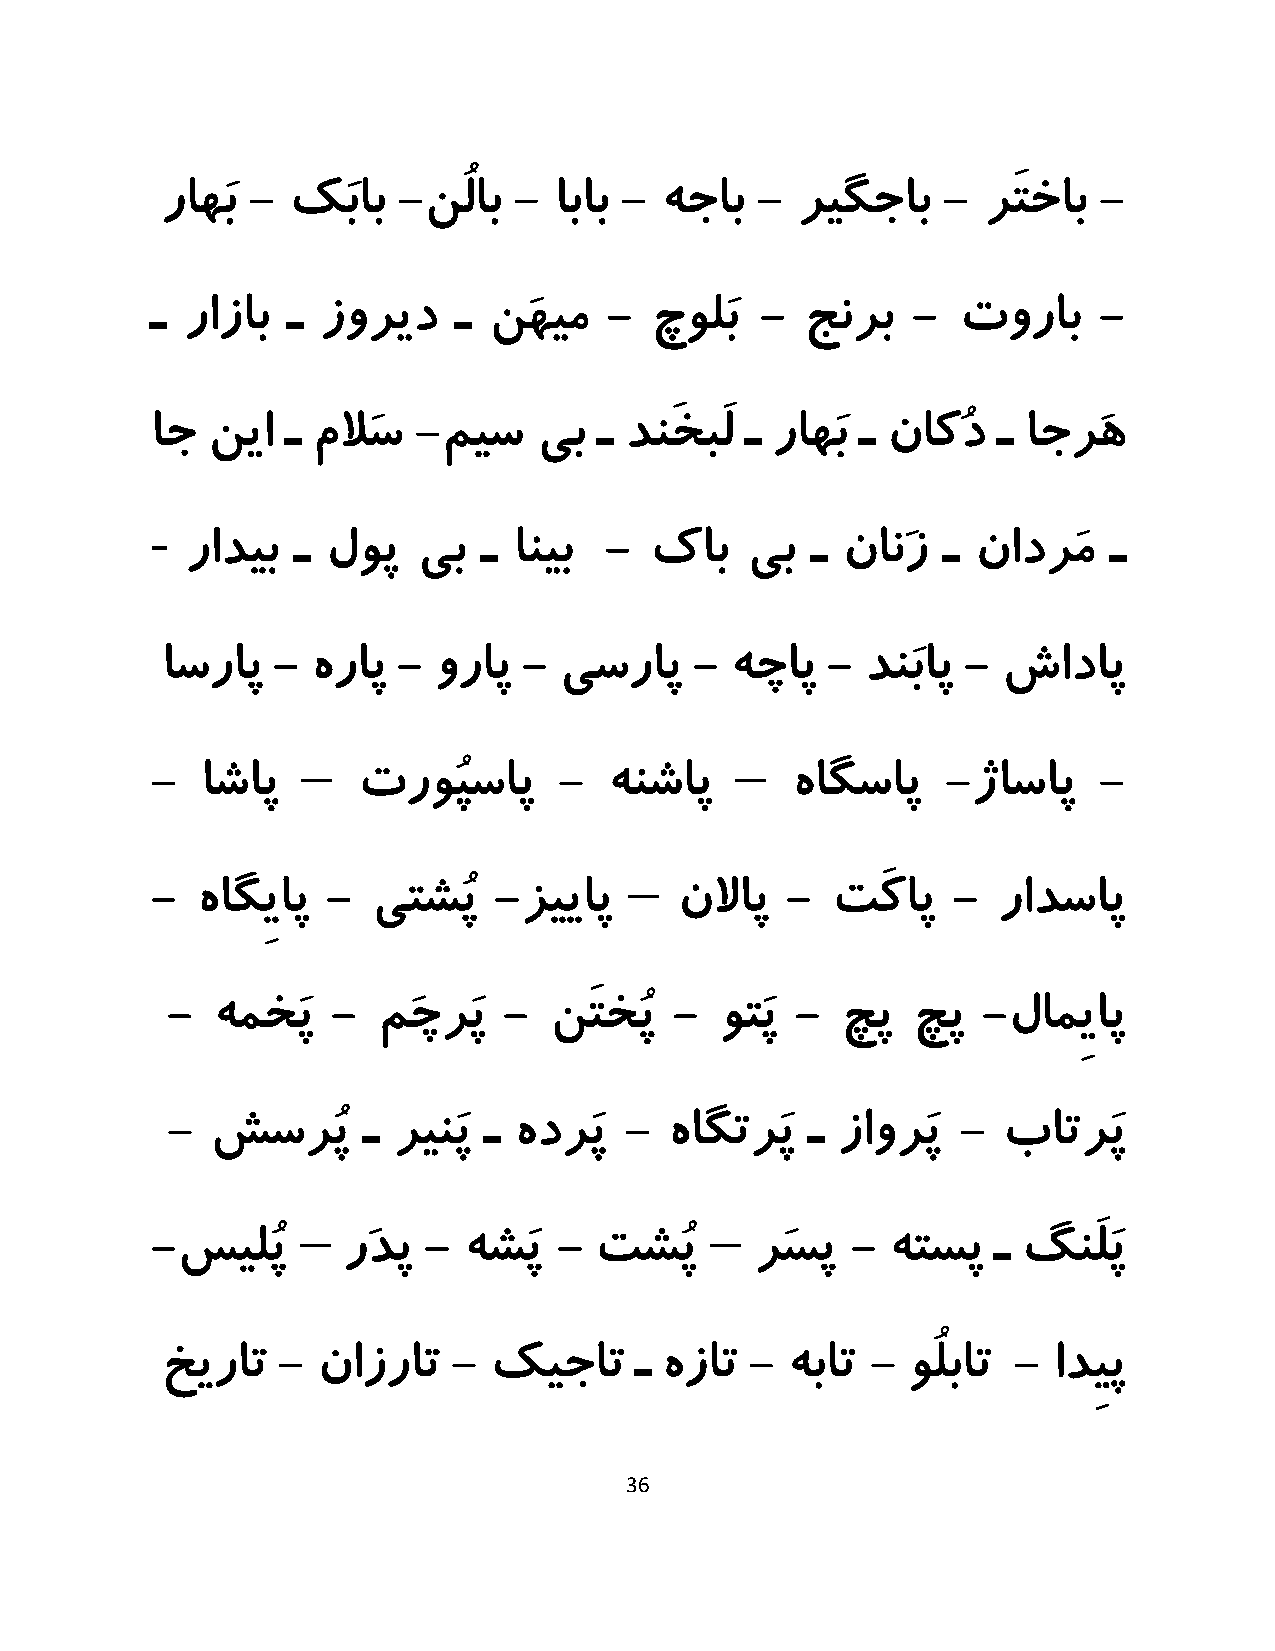
راهَب - کَباب  -نُلاب  -  اباب - هجاب  -  ریگجاب   -  رَتخاب  -
 ـ رازاب  ـ زورید    ـ نَهیم   -  چولَب  -  جنرب   -   توراب    -
 اج  نیا  ـ ملاَس -میس     یب  ـ دنَخبَل ـ راهَب ـ ناکُد ـ اجرَه
 -
 رادیب  ـ  لوپ   یب  ـ انیب  -  کاب   یب   ـ نانَز ـ  نادرَم  ـ
 اسراپ  -  هراپ -  وراپ  - یسراپ    - هچاپ   - دنَباپ - شاداپ
 –                            –
 -  اشاپ       تروُپساپ     -  هنشاپ       هاگساپ     -ژاساپ    -
 –
 -  هاگِیاپ  -  یتشُپ   -زییاپ      نلااپ  -  تَکاپ   -  رادساپ
 -  همخَپ   -  مَچرَپ  -  نَتخُپ   -  وتَپ -  چپ  چپ   -لامِیاپ
 -  شسرُپ     ـ رینَپ ـ هدرَپ  -  هاگترَپ   ـ زاورَپ  - باترَپ
 –                          –
 -سیلُپ       رَدپ -  هشَپ  - تشُپ       رسَ پ -  هتسپ   ـ گنَلَپ
 خیرات  -  نازرات   - کیجات     ـ هزات  - هبات  - وُلبات -  ادِیپ
 36